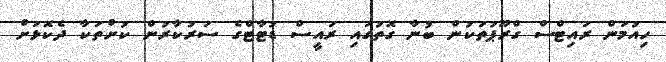
ހިއުމަން ރައިޓްސް ގްރޫޕުތަކުން ބުނާ ގޮތުގައި ރައީސް ޑުޓާޓްގެ ސަރުކާރުން ކުށްތަކާ ދެކޮޅަށް